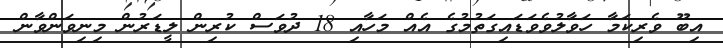
އިބޫ ވެރިކަމާ ހަވާލުވެވަޑައިގަތުމުގެ އެއް މަހާއި 18 ދުވަސް ކުރިން ލީޑަރުން މިނިވަންވާން